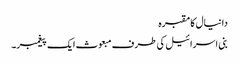
دانیال کا مقبرہ
بنی اسرائیل کی طرف مبعوث ایک پیغمبر۔